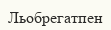
Льобрегатпен